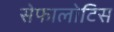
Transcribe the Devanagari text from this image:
सेफालोटिस